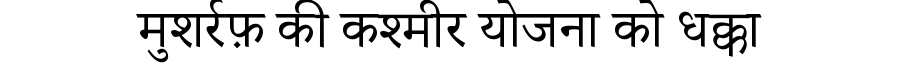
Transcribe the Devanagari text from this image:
मुशर्रफ़ की कश्मीर योजना को धक्का